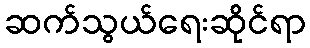
ဆက်သွယ်ရေးဆိုင်ရာ